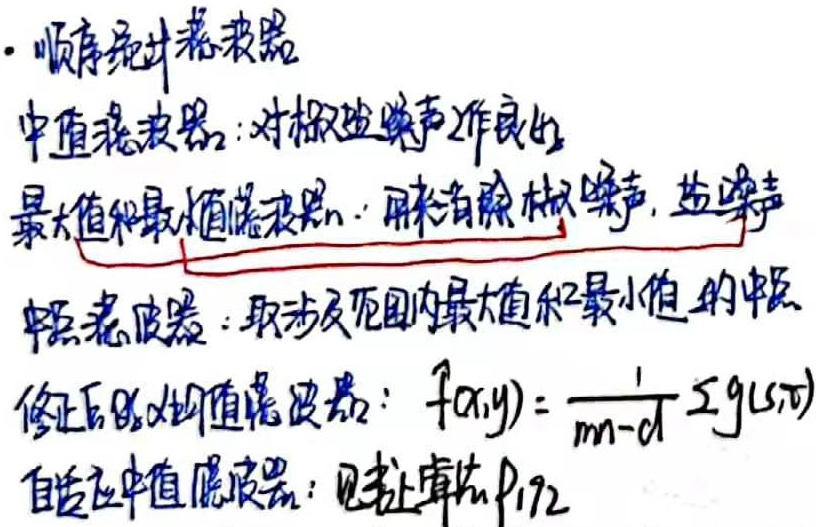
顺序统计滤波器：
- 中值滤波器：对椒盐噪声作用良好。
- 最大值和最小值滤波器：可用来消除胡椒噪声、盐噪声。
- 中值滤波器：取涉及范围内最大值和最小值的中值。
- 修正后的中值滤波器：$f(x,y)=\frac{1}{mn - d}\sum g(s,t)$
- 自适应中值滤波器：见书上算法P192